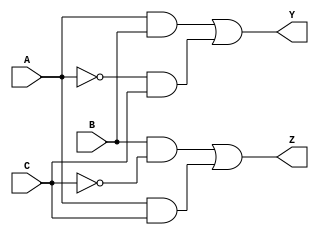
module reduced_logic_block (
    input wire A,  // Input A
    input wire B,  // Input B
    input wire C,  // Input C
    output wire Y, // Output Y
    output wire Z  // Output Z
);

// Reduced logic expressions derived from simplification
assign Y = (A & B) | (~A & C); // Example simplified expression for output Y
assign Z = (B & ~C) | (A & C);  // Example simplified expression for output Z

endmodule